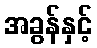
အခွန်နှင့်